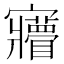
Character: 𡬌